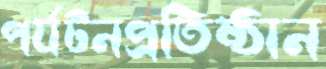
পর্যটনপ্রতিষ্ঠান